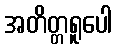
အတိတ္တရူပေါ